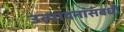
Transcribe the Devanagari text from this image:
उत्पादनांसंबधी